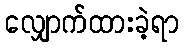
လျှောက်ထားခဲ့ရာ